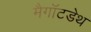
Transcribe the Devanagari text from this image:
मैगॉटडेथ